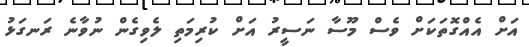
އަށް އެއްގޮތަކަށް ވެސް މޫސާ ނަސީރު އަށް ކުރިމަތި ލެވިގެން ނުވާނެ ރަނގަޅު